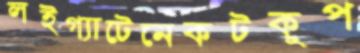
লইগ্যাটেনেকটকুপ